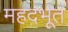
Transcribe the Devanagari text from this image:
महदभूतं